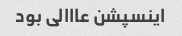
اینسپشن عااالی بود